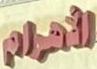
الأهرام